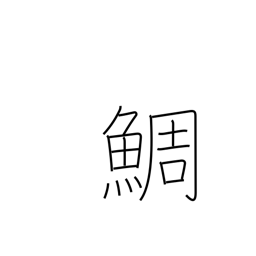
Meaning: red snapper